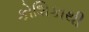
કોશિકાથી